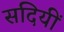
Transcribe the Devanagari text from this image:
सदियीं